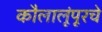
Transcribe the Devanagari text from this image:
कौलालूंपूरचे